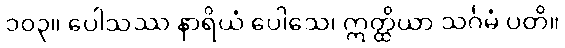
၁၀၃။ ပေါသဿ နာရိယံ ပေါသေ၊ ဣတ္ထိယာ သင်္ဂမံ ပတိ။